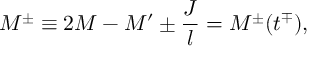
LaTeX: M ^ { \pm } \equiv 2 M - M ^ { \prime } \pm \frac { J } { l } = M ^ { \pm } ( t ^ { \mp } ) ,